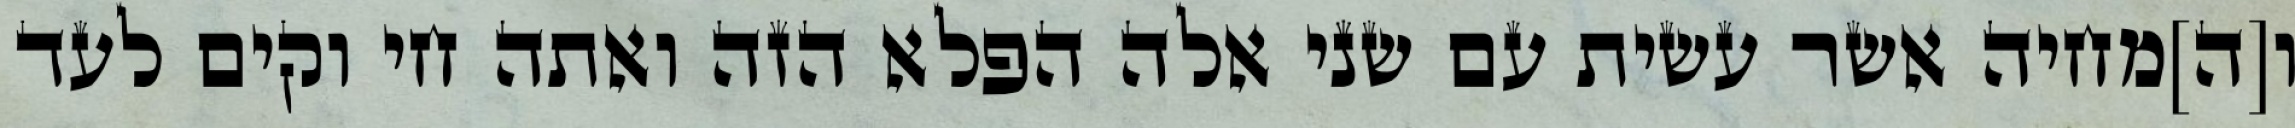
ו[ה]מחיה אשר עשית עם שני אלה הפלא הזה ואתה חי וקים לעד